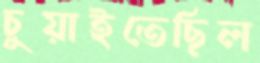
চুয়াইতেছিল